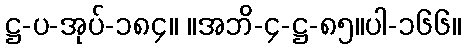
ဋ္ဌ-ပ-အုပ်-၁၈၄။ ။အဘိ-၄-ဋ္ဌ-၈၅။ပါ-၁၆၆။